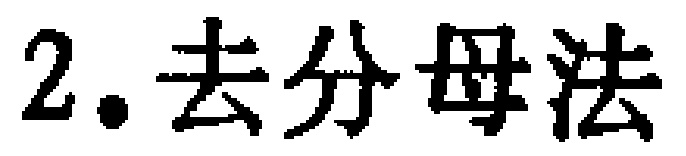
2. 去分母法